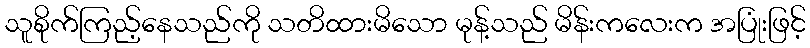
သူစိုက်ကြည့်နေသည်ကို သတိထားမိသော မုန့်သည် မိန်းကလေးက အပြုံးဖြင့်